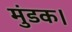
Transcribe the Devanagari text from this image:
मुंडक।